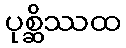
ပုစ္ဆိဿထ